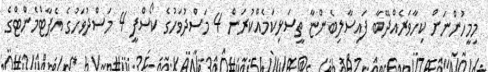
މިމީހުންނަށް ކިހާވަރެއްދޭބާ ފައިސާލިބެންޏާ ތީސަޅިކަމެއްކުރަން 4 މަސްދުވަހުގެ ކޯސްފީ 4 މަސްދުވަހުގެ އެޕާޓްމެންޓްގެ